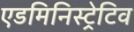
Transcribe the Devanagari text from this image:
एडमिनिस्ट्रेटिव